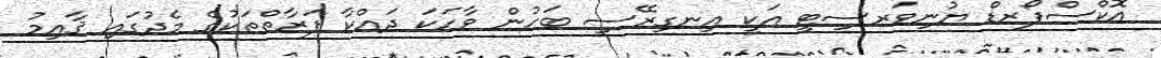
އޮކްސްފޯރޑް ޔުނިވަރސިޓީ އަކީ އިނގިރޭސި ބަހުން ވާހަކަ ދައްކާ ފަރާތްތަކުގެ މެދުގައި ޤާއިމު